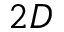
2 D